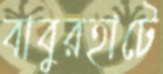
বাবুরহাটে